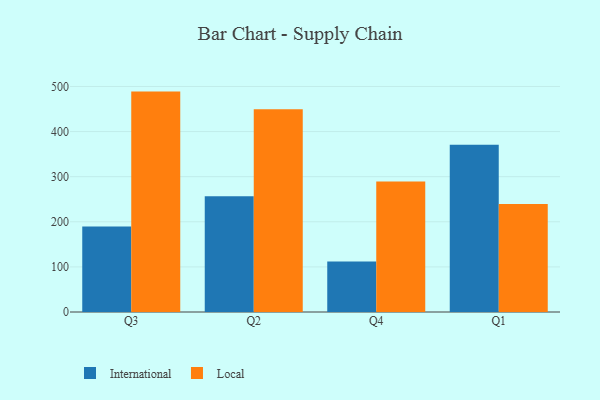
{"axis": {"x": "Quarter", "y": "Energy Usage (MWh)"}, "legend": ["International", "Local"], "data": [{"x": "Q3", "y": 189.8, "type": "International"}, {"x": "Q3", "y": 488.6, "type": "Local"}, {"x": "Q2", "y": 256.4, "type": "International"}, {"x": "Q2", "y": 449.6, "type": "Local"}, {"x": "Q4", "y": 112.1, "type": "International"}, {"x": "Q4", "y": 289.5, "type": "Local"}, {"x": "Q1", "y": 370.5, "type": "International"}, {"x": "Q1", "y": 239.6, "type": "Local"}]}